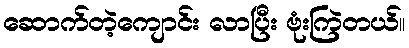
ဆောက်တဲ့ကျောင်း လာပြီး ဗုံးကြဲတယ်။